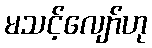
မသင့်လျော်ဟု